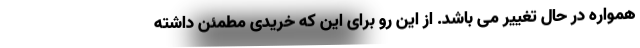
همواره در حال تغییر می باشد. از این رو برای این که خریدی مطمئن داشته